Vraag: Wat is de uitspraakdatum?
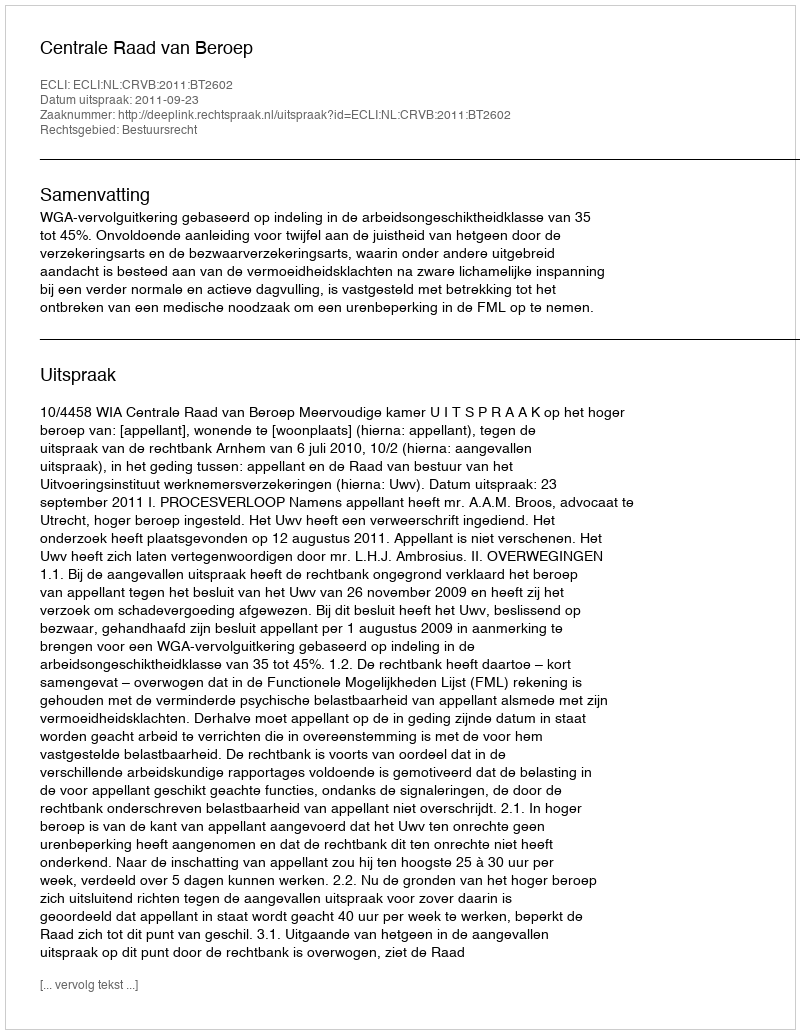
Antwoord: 2011-09-23